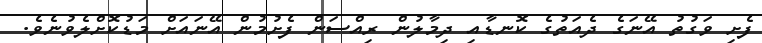
ފެށި ވަގުތު އޭނަގެ ދެއަތުގެ ކޮނޑާއި ދިމާލުން ރިއްސަން ފެށުމުން އޭނައަށް މަޑުކޮށްލެވުނެވެ.